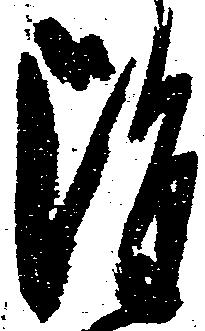
雖